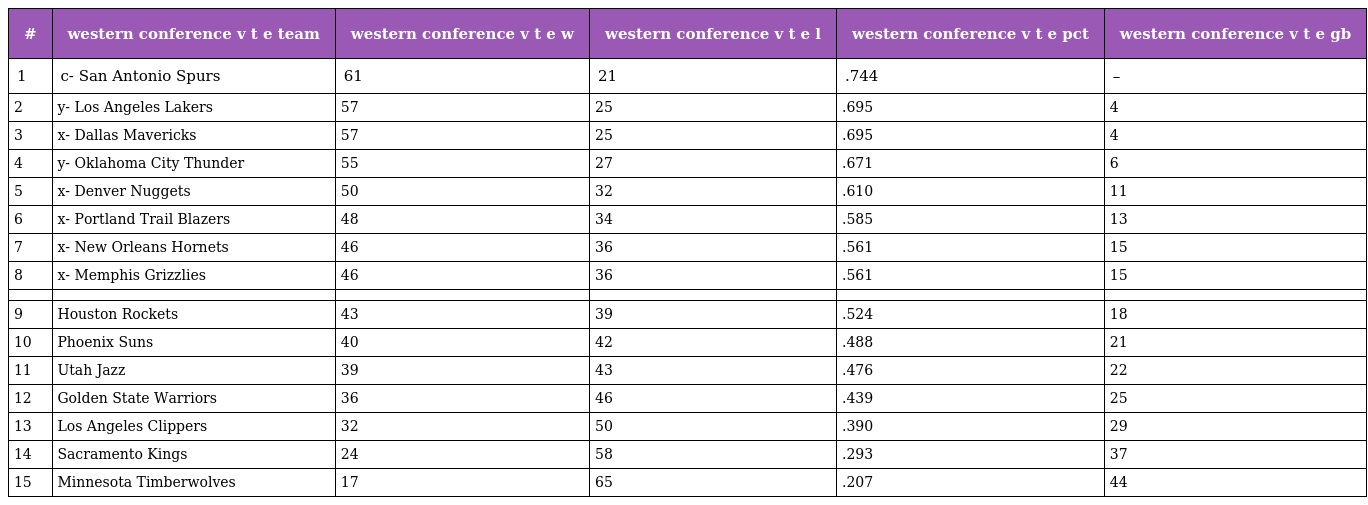
| # | western conference v t e team | western conference v t e w | western conference v t e l | western conference v t e pct | western conference v t e gb |
 | --- | --- | --- | --- | --- | --- |
 | 1 | c- San Antonio Spurs | 61 | 21 | .744 | – |
 | 2 | y- Los Angeles Lakers | 57 | 25 | .695 | 4 |
 | 3 | x- Dallas Mavericks | 57 | 25 | .695 | 4 |
 | 4 | y- Oklahoma City Thunder | 55 | 27 | .671 | 6 |
 | 5 | x- Denver Nuggets | 50 | 32 | .610 | 11 |
 | 6 | x- Portland Trail Blazers | 48 | 34 | .585 | 13 |
 | 7 | x- New Orleans Hornets | 46 | 36 | .561 | 15 |
 | 8 | x- Memphis Grizzlies | 46 | 36 | .561 | 15 |
 |  |  |  |  |  |  |
 | 9 | Houston Rockets | 43 | 39 | .524 | 18 |
 | 10 | Phoenix Suns | 40 | 42 | .488 | 21 |
 | 11 | Utah Jazz | 39 | 43 | .476 | 22 |
 | 12 | Golden State Warriors | 36 | 46 | .439 | 25 |
 | 13 | Los Angeles Clippers | 32 | 50 | .390 | 29 |
 | 14 | Sacramento Kings | 24 | 58 | .293 | 37 |
 | 15 | Minnesota Timberwolves | 17 | 65 | .207 | 44 |